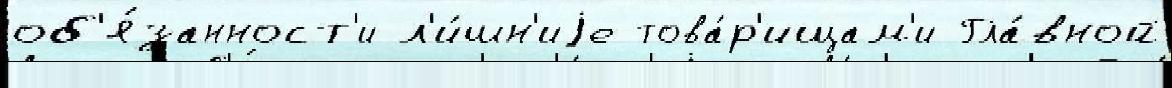
об'я́занност'и л'и́шн'иjе това́р'ищам'и Гла́вной